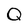
Character: Q